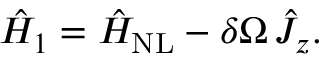
\hat { H } _ { 1 } = \hat { H } _ { \mathrm { N L } } - \delta \Omega \, \hat { J } _ { z } .